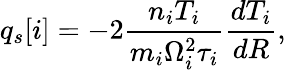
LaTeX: q_{s}[i]=-2\frac{n_{i}T_{i}}{m_{i}\Omega_{i}^{2}\tau_{i}}\frac{dT_{i}}{dR},